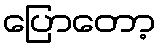
ပြောတော့